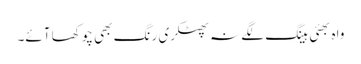
واہ بھئی ہینگ لگے نہ پھٹکری رنگ بھی چوکھا آئے۔